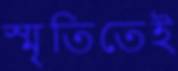
স্মৃতিতেই